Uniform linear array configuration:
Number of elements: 16
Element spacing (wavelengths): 0.25
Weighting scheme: kaiser
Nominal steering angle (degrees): -45
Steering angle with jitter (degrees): -46.282
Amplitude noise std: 0.05
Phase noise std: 0.05

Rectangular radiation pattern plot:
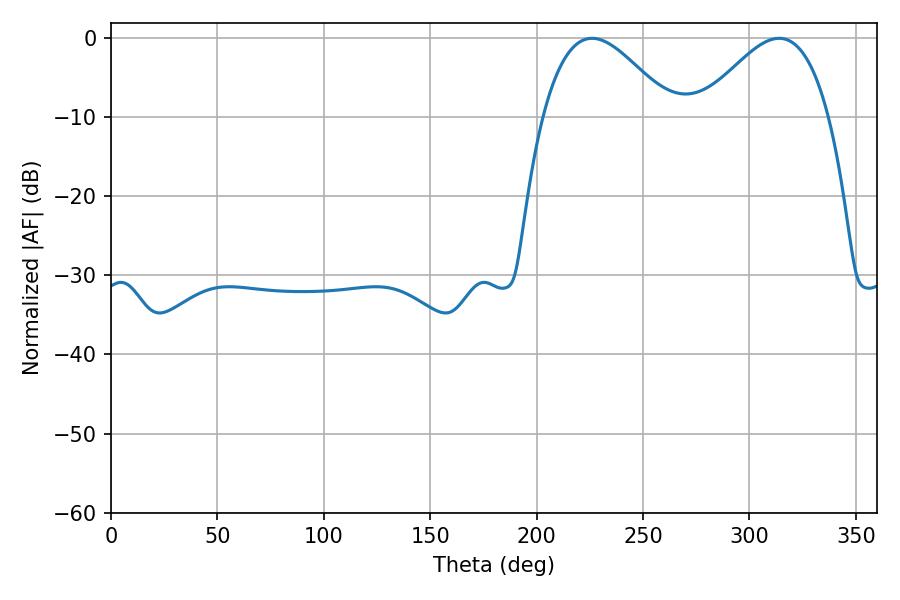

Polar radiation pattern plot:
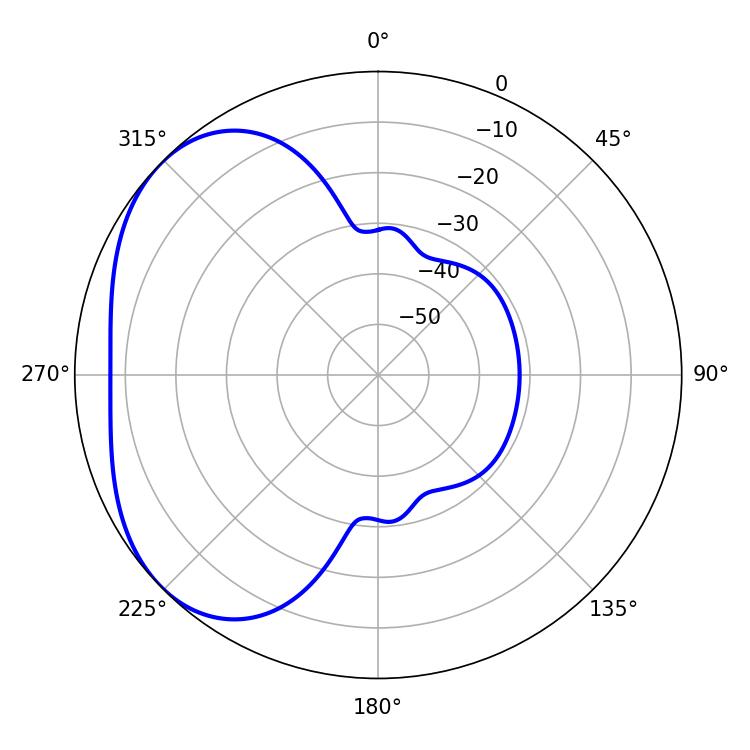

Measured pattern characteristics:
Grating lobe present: FALSE
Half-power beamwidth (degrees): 32.58
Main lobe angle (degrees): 226.08